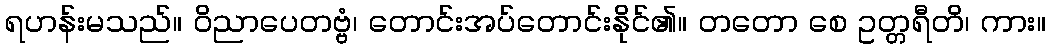
ရဟန်းမသည်။ ဝိညာပေတဗ္ဗံ၊ တောင်းအပ်တောင်းနိုင်၏။ တတော စေ ဥတ္တရီတိ၊ ကား။